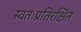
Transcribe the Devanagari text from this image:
स्वतःप्रतिरक्षित